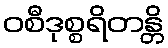
ဝစီဒုစ္စရိတန္တိ